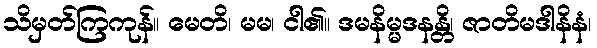
သိမှတ်ကြကုန်။ မေတိ၊ မမ၊ ငါ၏။ ဒမနိမ္မဒနန္တိ၊ ဇာတိမဒါနိနံ၊